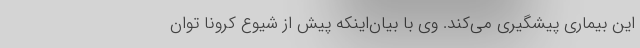
این بیماری پیشگیری می‌کند. وی با بیان‌اینکه پیش از شیوع کرونا توان